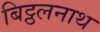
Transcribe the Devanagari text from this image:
बिट्ठलनाथ